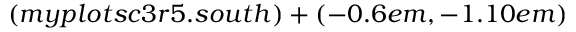
( m y p l o t s c 3 r 5 . s o u t h ) + ( - 0 . 6 e m , - 1 . 1 0 e m )